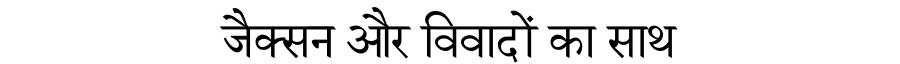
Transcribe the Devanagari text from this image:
जैक्सन और विवादों का साथ